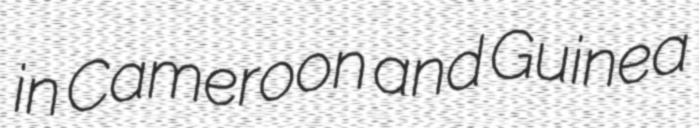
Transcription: in Cameroon and Guinea